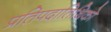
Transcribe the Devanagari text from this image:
प्रतिपदातिथिको